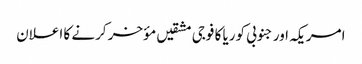
امریکہ اور جنوبی کوریا کا فوجی مشقیں مؤخر کرنے کا اعلان